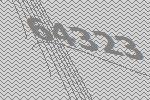
64323